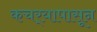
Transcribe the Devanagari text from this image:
कचर्‍यापासून